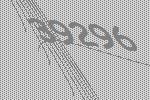
39296